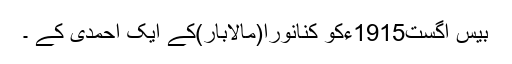
بیس اگست1915ءکو کنانورا(مالابار)کے ایک احمدی کے ۔